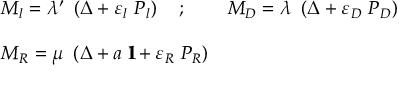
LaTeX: \begin{array} { l l } { { M _ { l } = \lambda ^ { \prime } \ \left( \Delta + \varepsilon _ { l } \ P _ { l } \right) \quad ; \quad } } & { { M _ { D } = \lambda \ \left( \Delta + \varepsilon _ { D } \ P _ { D } \right) } } \\ { { } } & { { } } \\ { { M _ { R } = \mu \ \left( \Delta + a \ { 1 \! \! \! \mathrm { I } } + \varepsilon _ { R } \ P _ { R } \right) } } & { { } } \end{array}